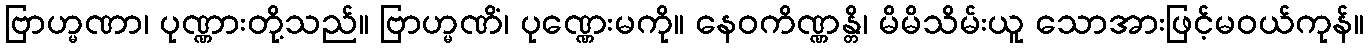
ဗြာဟ္မဏာ၊ ပုဏ္ဏားတို့သည်။ ဗြာဟ္မဏိံ၊ ပုဏ္ဏေးမကို။ နေဝကိဏ္ဏန္တိ၊ မိမိသိမ်းယူ သောအားဖြင့်မဝယ်ကုန်။